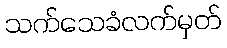
သက်သေခံလက်မှတ်